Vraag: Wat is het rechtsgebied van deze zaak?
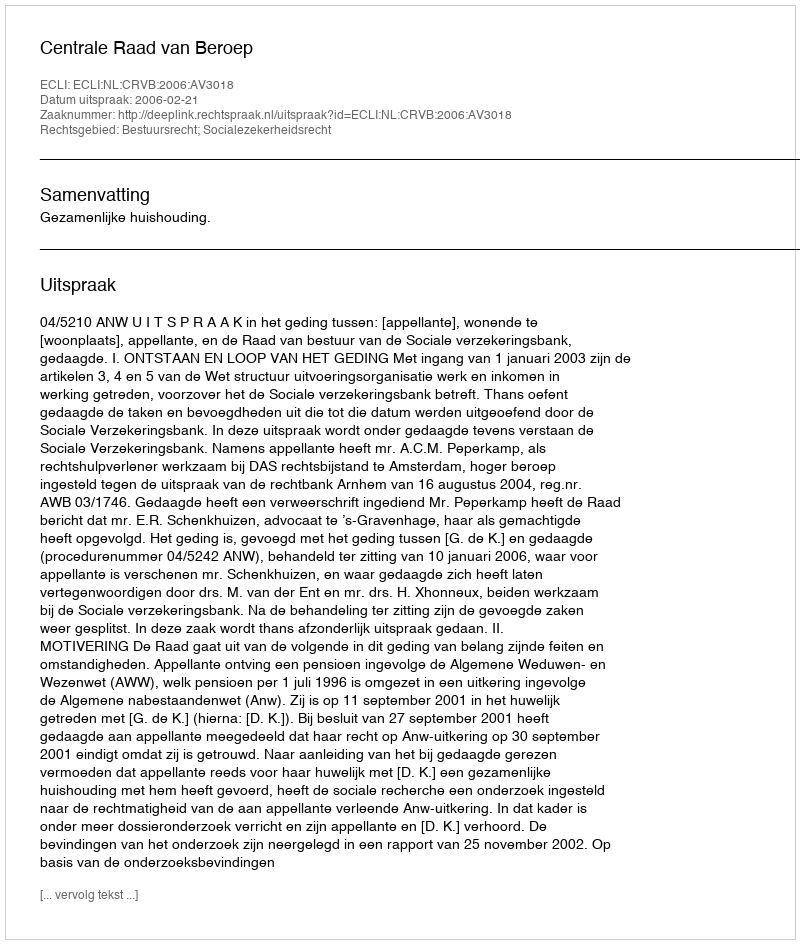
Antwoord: Bestuursrecht; Socialezekerheidsrecht